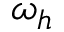
\omega _ { h }